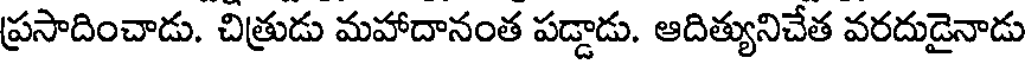
ప్రసాదించాడు. చిత్రుడు మహాదానంత పడ్డాడు. ఆదిత్యునిచేత వరదుడైనాడు